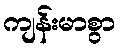
ကျန်းမာစွာ